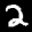
Label: 2